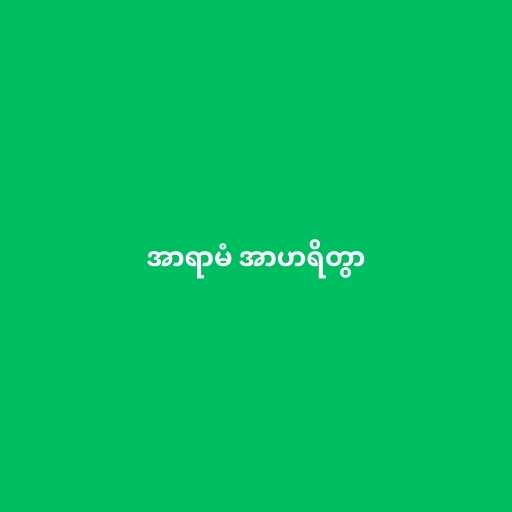
အာရာမံ အာဟရိတွာ